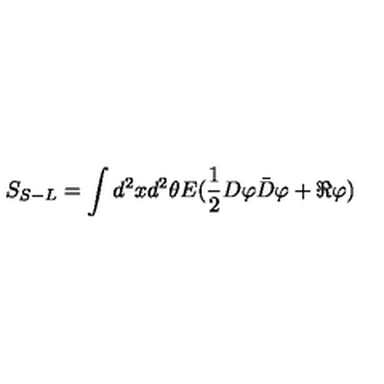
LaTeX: S _ { S - L } = \int d ^ { 2 } x d ^ { 2 } \theta E ( \frac { 1 } { 2 } D \varphi \bar { D } \varphi + \Re \varphi )